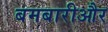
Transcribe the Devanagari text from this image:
बमबारीऔर